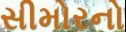
સીમોરનો